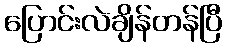
ပြောင်းလဲချိန်တန်ပြီ